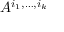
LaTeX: A ^ { i _ { 1 } , \dots , i _ { k } }